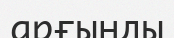
арғынды